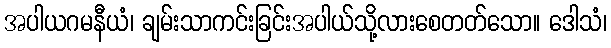
အပါယဂမနီယံ၊ ချမ်းသာကင်းခြင်းအပါယ်သို့လားစေတတ်သော။ ဒေါသံ၊